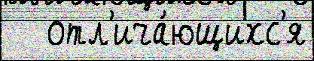
   отл'ича́ющихс'я